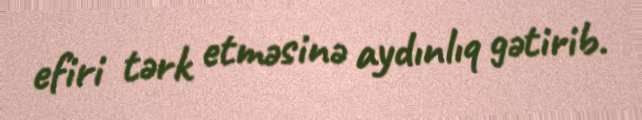
efiri tərk etməsinə aydınlıq gətirib.